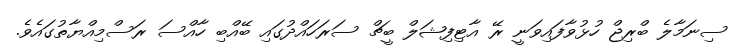
ސިނަމާލެ ބްރިޖް ހުޅުވާފައިވަނީ ރޭ އާޓިފިޝަލް ބީޗް ސަރަހައްދުގައި ބޭއްބި ހާއްސަ ރަސްމިއްޔާތުގައެވެ.